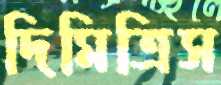
দিমিত্রিস